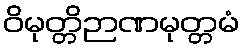
ဝိမုတ္တိဉာဏမုတ္တမံ